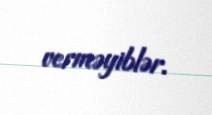
verməyiblər.